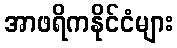
အာဖရိကနိုင်ငံများ